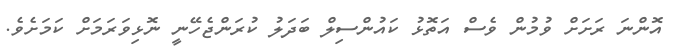
އޮންނަ ރަށަށް ވުމުން ވެސް އަތޮޅު ކައުންސިލް ބަދަލު ކުރަންޖެހޭނީ ނޮޅިވަރަމަށް ކަމަށެވެ.